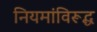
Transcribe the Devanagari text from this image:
नियमांविरूद्ध